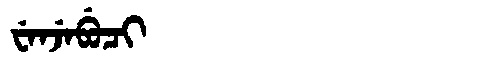
Manchu: ᠸᡝᠨᠵᡝᠪᡠᠴᡳ
Romanization: WENJEBUCI